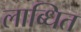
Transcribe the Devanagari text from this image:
लाब्धित